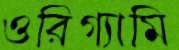
ওরিগ্যামি